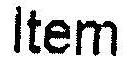
ITEM